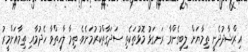
އިރްޝާދުދެނީ ތިމާޔަށް ލިބިގެންވާ ރަނގަޅު މޮޅުތަކެތި ސަދަގާތްކުރުމަށެވެ. ތިމާ ލާހިތްވާ ހެދުމާއި ތިމާއަށްމީރު